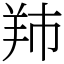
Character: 䍨